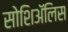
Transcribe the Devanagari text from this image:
सोशिअॅलिस